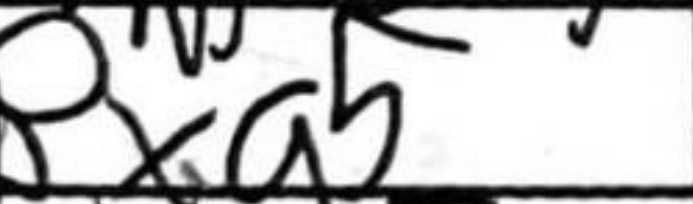
Transcription: Bxa5